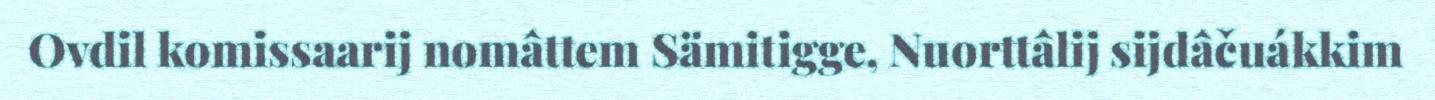
Ovdil komissaarij nomâttem Sämitigge, Nuorttâlij sijdâčuákkim